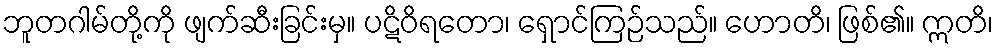
ဘူတဂါမ်တို့ကို ဖျက်ဆီးခြင်းမှ။ ပဋိဝိရတော၊ ရှောင်ကြဉ်သည်။ ဟောတိ၊ ဖြစ်၏။ ဣတိ၊